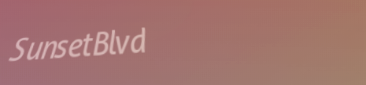
SunsetBlvd